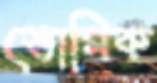
ভোমিক